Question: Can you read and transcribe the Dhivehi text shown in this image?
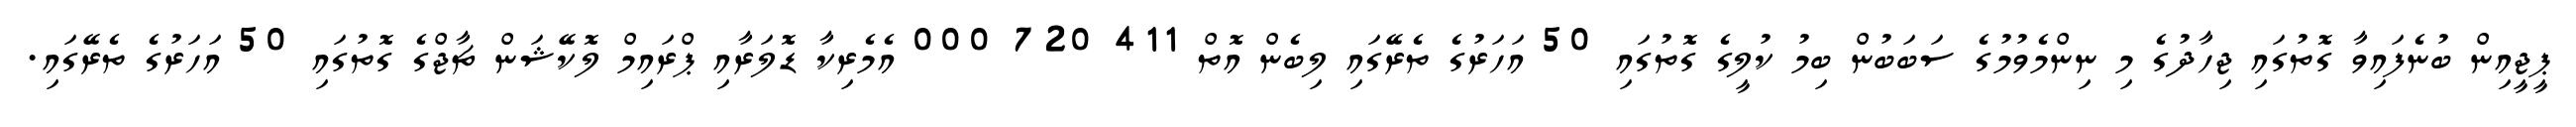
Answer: ޕީޖީއިން ބުނެފައިވާ ގޮތުގައި ޖިހާދުގެ މި ނިންމެވުމުގެ ސަބަބުން ބިމު ކުލީގެ ގޮތުގައި 50 އަހަރުގެ ތެރޭގައި ލިބެން އޮތް 411 720 000 އެމެރިކާ ޑޮލަރާއި ޕްރައިމް ލޮކޭޝަން ޗާޖްގެ ގޮތުގައި 50 އަހަރުގެ ތެރޭގައި.